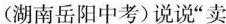
(湖南岳阳中考)说说“卖